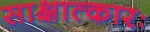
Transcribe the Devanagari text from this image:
साक्षात्कारः